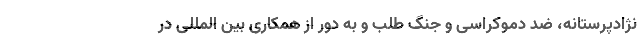
نژادپرستانه، ضد دموکراسی و جنگ طلب و به دور از همکاری بین المللی در